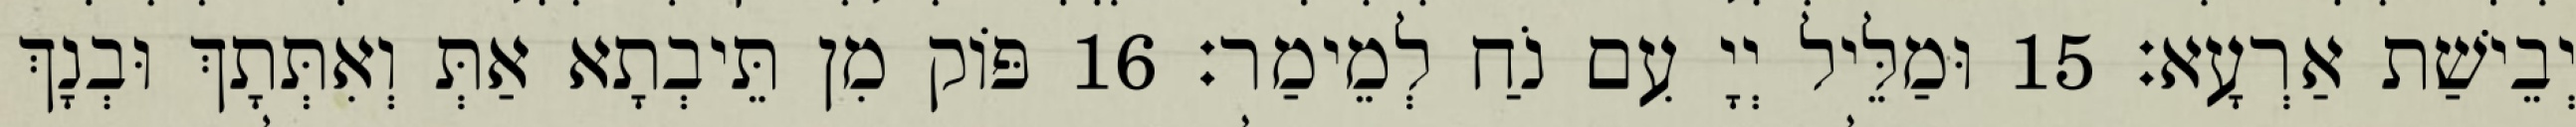
יְבֵישַׁת אַרְעָא׃ 15 וּמַלֵּיל יְיָ עִם נֹחַ לְמֵימַר׃ 16 פּוֹק מִן תֵּיבְתָא אַתְּ וְאִתְּתָךְ וּבְנָךְ